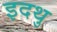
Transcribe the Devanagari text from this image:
इदथु